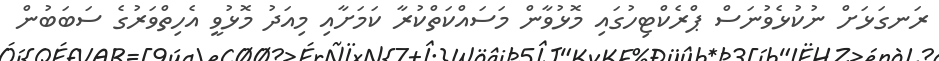
ރަނގަޅަށް ނުކުޅެވުނަސް ޕްރެކްޓިހުގައި މޮޅުވާން މަސައްކަތްކުރާ ކަމަށާއި މިއަދު މޮޅުވީ އެހިތްވަރުގެ ސަބަބުން